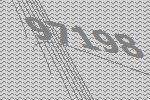
97198